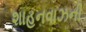
શાહનવાઝની